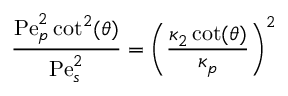
\frac { \mathrm { P e } _ { p } ^ { 2 } \cot ^ { 2 } ( \theta ) } { \mathrm { P e } _ { s } ^ { 2 } } = \left( \frac { \kappa _ { 2 } \cot ( \theta ) } { \kappa _ { p } } \right) ^ { 2 }